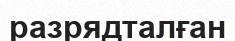
разрядталған